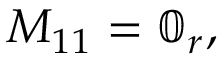
M _ { 1 1 } = \mathbb { 0 } _ { r } ,